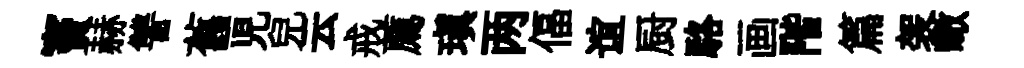
竇赫讐舊児兒云戒薦瑱两偪谊厨駱画階篇袈瞰